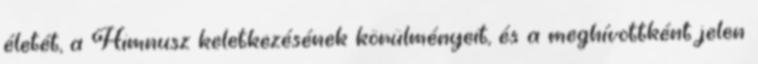
életét, a Himnusz keletkezésének körülményeit, és a meghívottként jelen